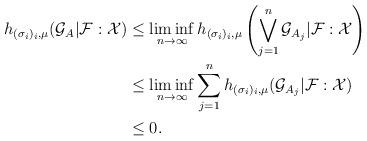
LaTeX: \begin{align*}h_{(\sigma_{i})_{i},\mu}(\mathcal{G}_{A}|\mathcal{F}:\mathcal{X})&\leq \liminf_{n\to\infty}h_{(\sigma_{i})_{i},\mu}\left(\bigvee_{j=1}^{n}\mathcal{G}_{A_{j}}|\mathcal{F}:\mathcal{X}\right)\\&\leq \liminf_{n\to\infty}\sum_{j=1}^{n}h_{(\sigma_{i})_{i},\mu}(\mathcal{G}_{A_{j}}|\mathcal{F}:\mathcal{X})\\&\leq 0.\end{align*}